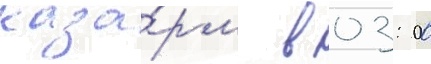
каза́рм в 03: 00